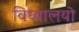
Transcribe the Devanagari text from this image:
विध्यालयो